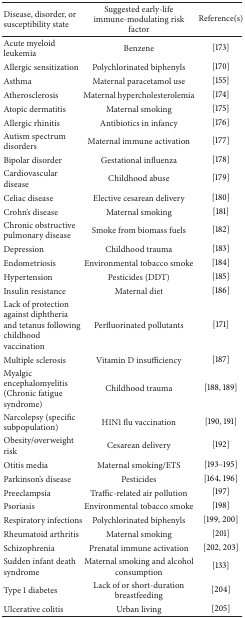
<table><thead><tr><td><b>Disease, disorder, or susceptibility state</b></td><td><b>Suggested early-life immune-modulating risk factor</b></td><td><b>Reference(s)</b></td></tr></thead><tbody><tr><td>Acute myeloid leukemia</td><td>Benzene</td><td>[173]</td></tr><tr><td>Allergic sensitization</td><td>Polychlorinated biphenyls</td><td>[170]</td></tr><tr><td>Asthma</td><td>Maternal paracetamol use</td><td>[155]</td></tr><tr><td>Atherosclerosis</td><td>Maternal hypercholesterolemia</td><td>[174]</td></tr><tr><td>Atopic dermatitis</td><td>Maternal smoking </td><td>[175]</td></tr><tr><td>Allergic rhinitis</td><td>Antibiotics in infancy</td><td>[176]</td></tr><tr><td>Autism spectrum disorders</td><td>Maternal immune activation</td><td>[177]</td></tr><tr><td>Bipolar disorder</td><td>Gestational influenza</td><td>[178]</td></tr><tr><td>Cardiovascular disease</td><td>Childhood abuse</td><td>[179]</td></tr><tr><td>Celiac disease</td><td>Elective cesarean delivery</td><td>[180]</td></tr><tr><td>Crohn&#x27;s disease</td><td>Maternal smoking</td><td>[181]</td></tr><tr><td>Chronic obstructive pulmonary disease</td><td>Smoke from biomass fuels </td><td>[182]</td></tr><tr><td>Depression</td><td>Childhood trauma</td><td>[183]</td></tr><tr><td>Endometriosis</td><td>Environmental tobacco smoke</td><td>[184]</td></tr><tr><td>Hypertension</td><td>Pesticides (DDT) </td><td>[185]</td></tr><tr><td>Insulin resistance</td><td>Maternal diet</td><td>[186]</td></tr><tr><td>Lack of protection against diphtheria and tetanus following childhood vaccination</td><td>Perfluorinated pollutants</td><td>[171]</td></tr><tr><td>Multiple sclerosis</td><td>Vitamin D insufficiency</td><td>[187]</td></tr><tr><td>Myalgic encephalomyelitis (Chronic fatigue syndrome)</td><td>Childhood trauma</td><td>[188, 189]</td></tr><tr><td>Narcolepsy (specific subpopulation)</td><td>H1N1 flu vaccination</td><td>[190, 191]</td></tr><tr><td>Obesity/overweight risk</td><td>Cesarean delivery</td><td>[192]</td></tr><tr><td>Otitis media</td><td>Maternal smoking/ETS</td><td>[193–195]</td></tr><tr><td>Parkinson&#x27;s disease</td><td>Pesticides</td><td>[164, 196]</td></tr><tr><td>Preeclampsia</td><td>Traffic-related air pollution</td><td>[197]</td></tr><tr><td>Psoriasis</td><td>Environmental tobacco smoke</td><td>[198]</td></tr><tr><td>Respiratory infections</td><td>Polychlorinated biphenyls</td><td>[199, 200]</td></tr><tr><td>Rheumatoid arthritis</td><td>Maternal smoking</td><td>[201]</td></tr><tr><td>Schizophrenia</td><td>Prenatal immune activation</td><td>[202, 203]</td></tr><tr><td>Sudden infant death syndrome</td><td>Maternal smoking and alcohol consumption</td><td>[133]</td></tr><tr><td>Type 1 diabetes</td><td>Lack of or short-duration breastfeeding</td><td>[204]</td></tr><tr><td>Ulcerative colitis</td><td>Urban living</td><td>[205]</td></tr></tbody></table>